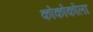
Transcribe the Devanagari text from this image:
कोकोकोला